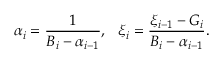
{ \alpha _ { i } } = \frac { 1 } { { { B _ { i } } - { \alpha _ { i - 1 } } } } , ~ ~ { \xi _ { i } } = \frac { { { \xi _ { i - 1 } } - { G _ { i } } } } { { { B _ { i } } - { \alpha _ { i - 1 } } } } .